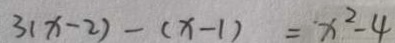
3 ( x - 2 ) - ( x - 1 ) = x ^ { 2 } - 4